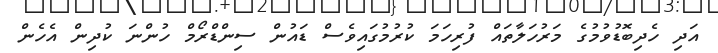
އަދި ހެދިބޮޑުވުމުގެ މަރުހަލާތައް ފުރިހަމަ ކުރުމުގައިވެސް ޑައުން ސިންޑްރޯމް ހުންނަ ކުދިން އެހެން